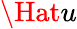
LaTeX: \Hat{u}